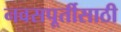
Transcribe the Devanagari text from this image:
नवसपूर्तीसाठी